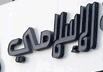
الإسلامي